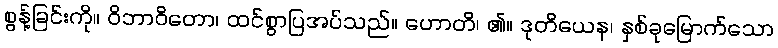
စွန့်ခြင်းကို။ ဝိဘာဝိတော၊ ထင်စွာပြအပ်သည်။ ဟောတိ၊ ၏။ ဒုတိယေန၊ နှစ်ခုမြောက်သော